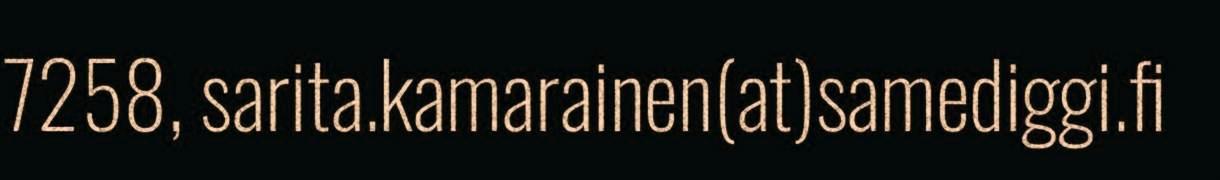
7258, sarita.kamarainen(at)samediggi.fi